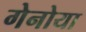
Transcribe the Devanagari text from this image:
गेनोया